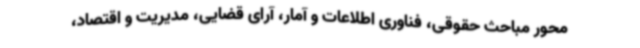
محور مباحث حقوقی، فناوری اطلاعات و آمار، آرای قضایی، مدیریت و اقتصاد،